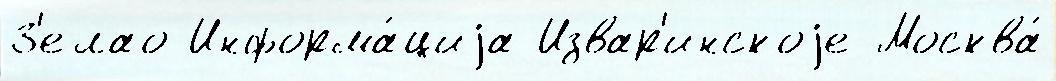
З'елао Информа́циjа Извар'инскоjе Москва́